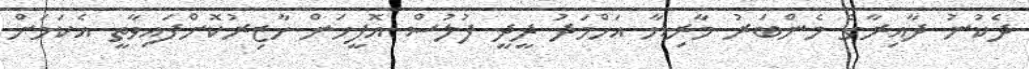
ދެކުނު ދާއިރާގެ މެންބަރު މާރިޔާ އަހްމަދު ދީދީ ފުލުސް އޮފީހަށް ހާޒިރުކޮށްފައިވާތީ އެކަމަށް